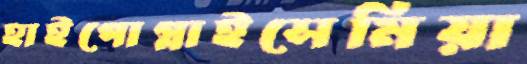
হাইপোগ্লাইসেমিয়া